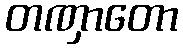
တဏှာတော